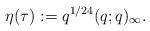
LaTeX: \begin{align*}\eta(\tau):=q^{1/24}(q;q)_\infty.\end{align*}